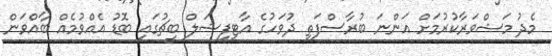
މެދު މަޝްވަރާކުރުމަށް އަންނަ ބުރާސްފަތި ދުވަހުގެ އާޓިފިޝަލް ބީޗުގައި ބޮޑު އެއްވުމެއް ބާއްވަން